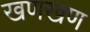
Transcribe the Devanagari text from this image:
खणखण